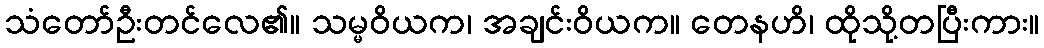
သံတော်ဦးတင်လေ၏။ သမ္မဝိယက၊ အချင်းဝိယက။ တေနဟိ၊ ထိုသို့တပြီးကား။